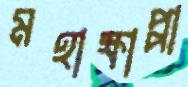
মহাক্ষাপ্পা